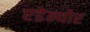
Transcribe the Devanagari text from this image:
एडेन्योर